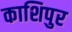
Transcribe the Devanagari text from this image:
काशिपुर